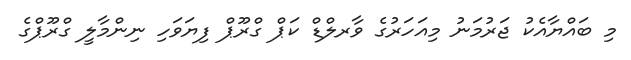
މި ބައްޔާއެކު ޖަރުމަނު މިއަހަރުގެ ވާރލްޑް ކަޕް ގްރޫޕް ފިޔަވަހި ނިންމާލީ ގްރޫޕްގެ